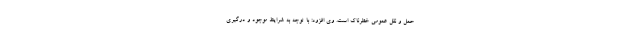
حمل و نقل عمومی خطرناک است. وی افزود: با توجه به شرایط موجود و درگیری